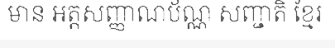
មាន អត្តសញ្ញាណប័ណ្ណ សញ្ជាតិ ខ្មែរ